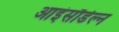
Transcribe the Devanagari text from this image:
आइंसौडेल्न